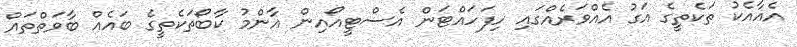
އެއާއެކު ތަކެތީގެ އަގު އެއްވަރެއްގައި ހިފަހައްޓަން އެސްޓީއޯއިން އާންމު ކާބޯތަކެތީގެ ބައެއް ބާވަތްތައް